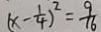
( x - \frac { 1 } { 4 } ) ^ { 2 } = \frac { 9 } { 1 6 }